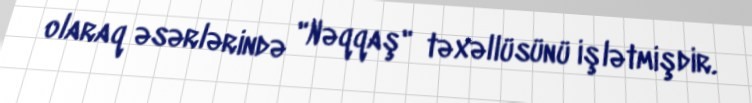
olaraq əsərlərində "Nəqqaş" təxəllüsünü işlətmişdir.